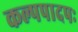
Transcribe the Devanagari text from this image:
कल्पपादपः